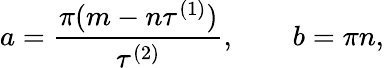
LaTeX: a={\frac{\pi({m-n}\tau^{(1)})}{\tau^{(2)}}},\qquad b=\pi{n},